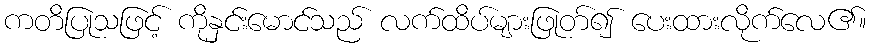
ကတိပြုသဖြင့် ကိုနှင်းမောင်သည် လက်ထိပ်များဖြုတ်၍ ပေးထားလိုက်လေ၏။